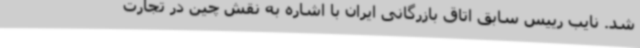
شد. نایب رییس سابق اتاق بازرگانی ایران با اشاره به نقش چین در تجارت